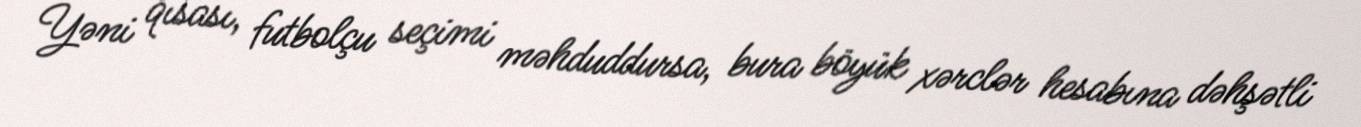
Yəni qısası, futbolçu seçimi məhduddursa, bura böyük xərclər hesabına dəhşətli